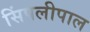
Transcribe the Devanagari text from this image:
सिंपलीपाल